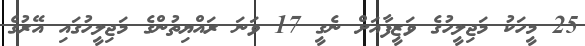
25 މީހަކު މަޖިލީހުގެ ވަޒީފާއަށް ނެގީ 17 ވަނަ ރައްޔިތުންގެ މަޖިލީހުގައި އޭރުގެ